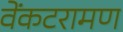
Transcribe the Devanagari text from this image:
वेंकटरामण